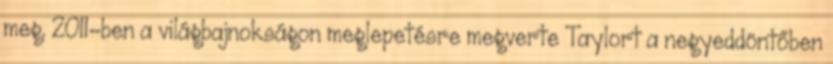
meg. 2011-ben a világbajnokságon meglepetésre megverte Taylort a negyeddöntőben